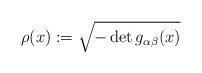
LaTeX: \begin{align*}\rho(x):=\sqrt{-\det g_{\alpha\beta}(x)}\end{align*}